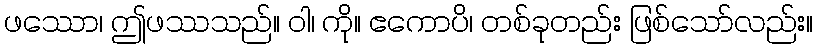
ဖဿော၊ ဤဖဿသည်။ ဝါ၊ ကို။ ဧကောပိ၊ တစ်ခုတည်း ဖြစ်သော်လည်း။